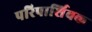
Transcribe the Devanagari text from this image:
परिपार्शिवक